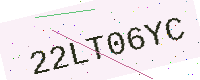
Text: 22LT06YC